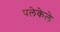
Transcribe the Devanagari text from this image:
पलेकेले